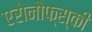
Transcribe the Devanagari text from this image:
एरोनोफ्स्की